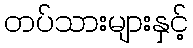
တပ်သားများနှင့်